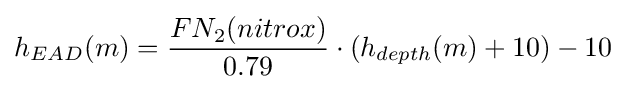
h_{EAD}(m)={\frac {FN_{2}(nitrox)}{0.79}}\cdot (h_{depth}(m)+10)-10